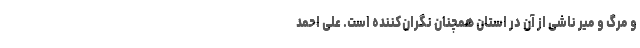
و مرگ و میر ناشی از آن در استان همچنان نگران‌کننده است. علی احمد